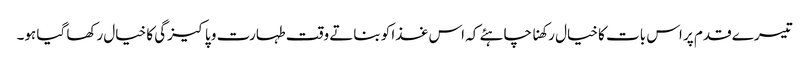
تیسرے قدم پر اس بات کا خیال رکھنا چاہئے کہ اس غذا کو بناتے وقت طہارت و پاکیزگی کا خیال رکھا گیا ہو۔